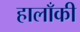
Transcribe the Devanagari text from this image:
हालाँकी